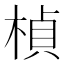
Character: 楨